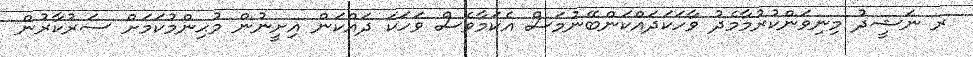
ރ ނަޝީދު މިނިވަންކުރުމާމެދު ވާހަކަދައްކަންބޭނުމަސް އެކަމާވެސް ވަހަކަ ދައްކަން އިށީނުން މުޙިންމުކަމަށް ސަރުކާރުން